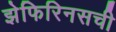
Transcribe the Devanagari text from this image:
झेफिरिनसची